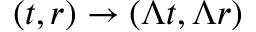
( t , r ) \rightarrow ( \Lambda t , \Lambda r )